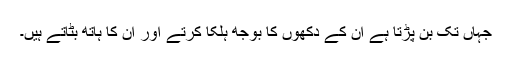
جہاں تک بن پڑتا ہے ان کے دکھوں کا بوجھ ہلکا کرتے اور ان کا ہاتھ بٹاتے ہیں۔